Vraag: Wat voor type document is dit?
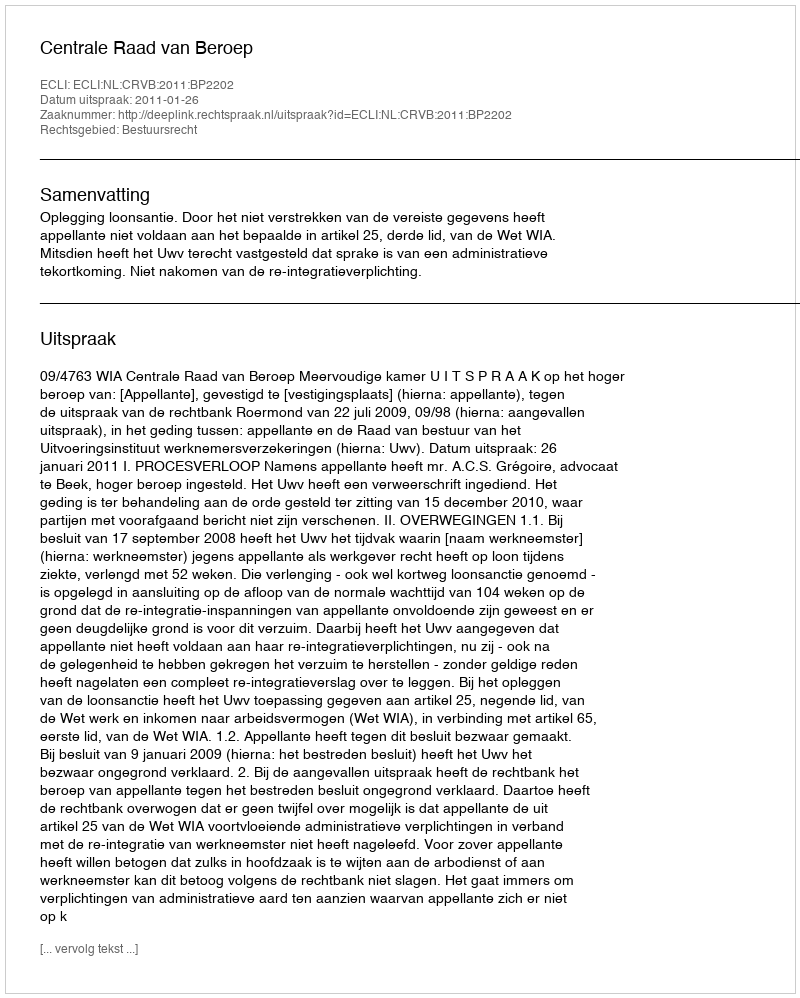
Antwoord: Uitspraak